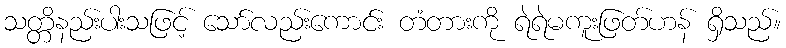
သတ္တိနည်းပါးသဖြင့် သော်လည်းကောင်း တံတားကို ရဲရဲမကူးဖြတ်ဟန် ရှိသည်။